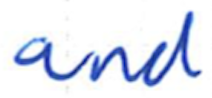
Text: and
Cross-out: clean
Writing tool: ballpoint